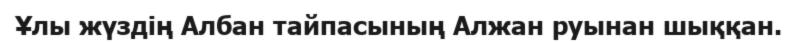
Ұлы жүздің Албан тайпасының Алжан руынан шыққан.